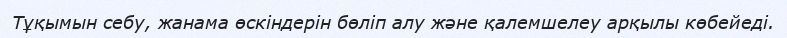
Тұқымын себу, жанама өскіндерін бөліп алу және қалемшелеу арқылы көбейеді.